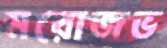
মরোজভ